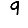
Digit: 9